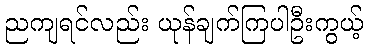
ညကျရင်လည်း ယုန်ချက်ကြပါဦးကွယ့်